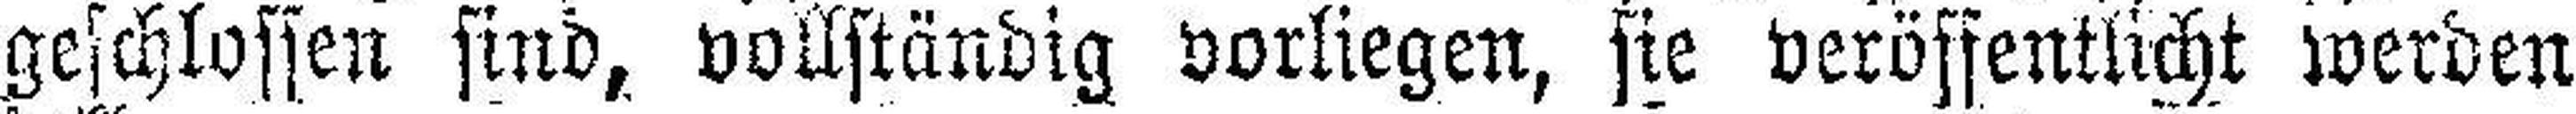
geschlossen sind, vollständig vorliegen, sie Veröffentlicht werden